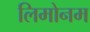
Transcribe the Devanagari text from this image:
लिमोनम